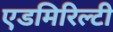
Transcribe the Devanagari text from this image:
एडमिरिल्टी